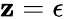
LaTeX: \mathbf{z}=\epsilon